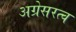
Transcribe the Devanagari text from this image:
अग्रेसरत्व